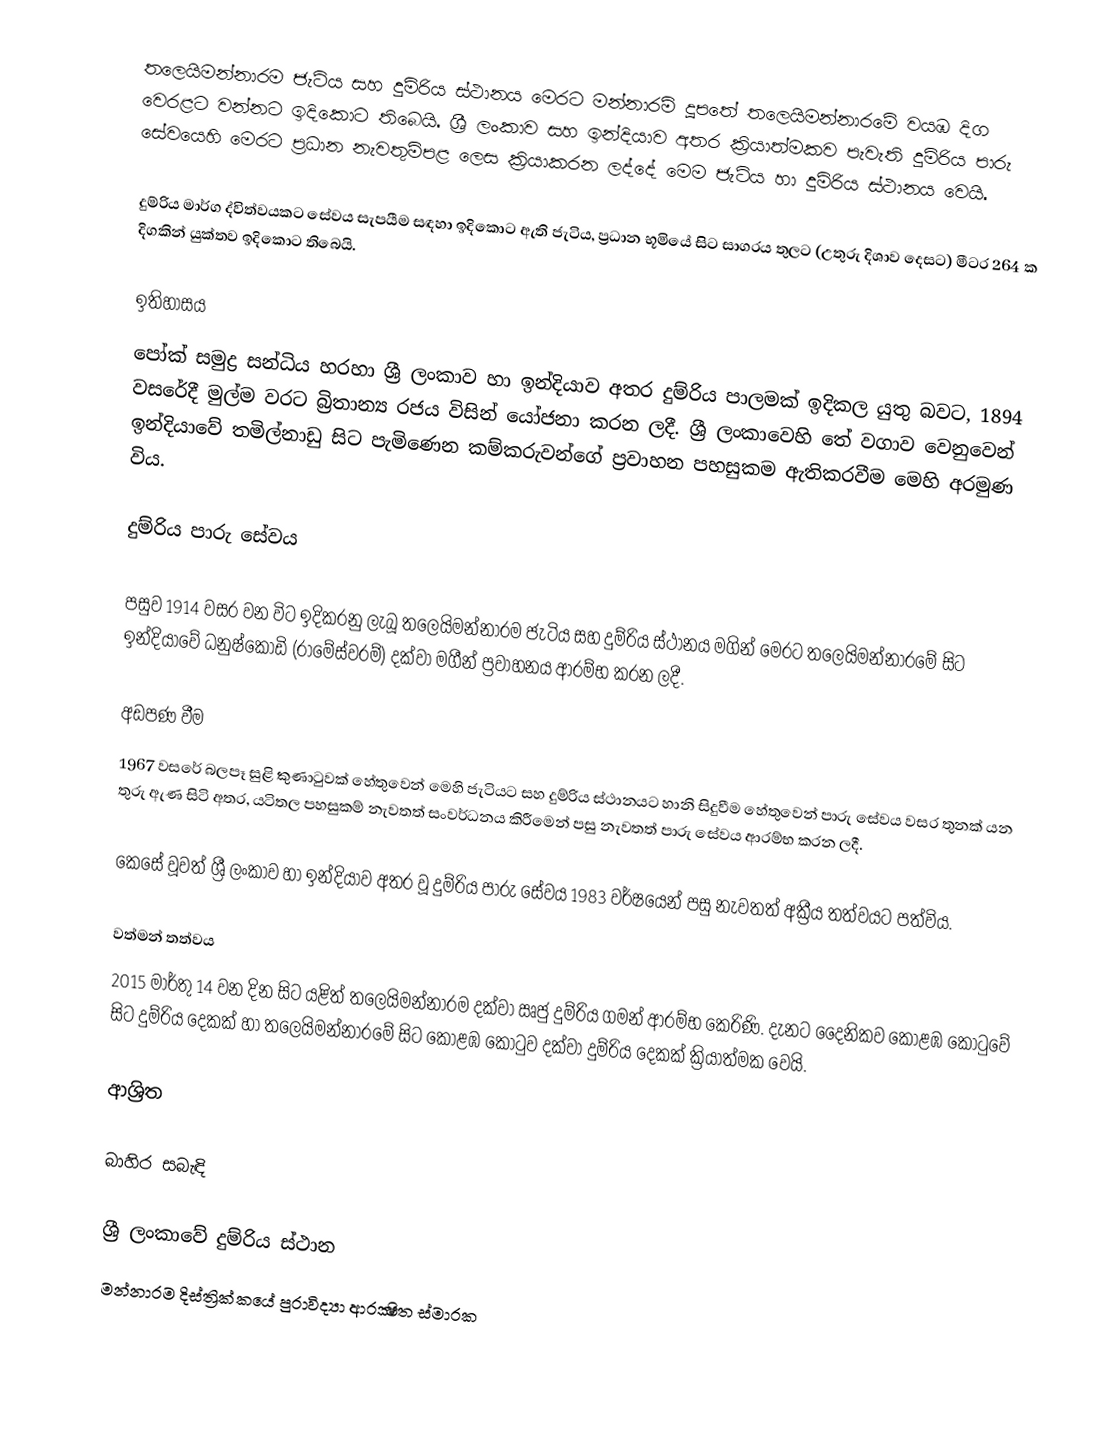
තලෙයිමන්නාරම ජැටිය සහ දුම්රිය ස්ථානය මෙරට මන්නාරම් දූපතේ තලෙයිමන්නාරමේ වයඹ දිග වෙරළට වන්නට ඉදිකොට තිබෙයි. ශ්‍රී ලංකාව සහ ඉන්දියාව අතර ක්‍රියාත්මකව පැවැති දුම්රිය පාරු සේවයෙහි මෙරට ප්‍රධාන නැවතුම්පළ ලෙස ක්‍රියාකරන ලද්දේ මෙම ජැටිය හා දුම්රිය ස්ථානය වෙයි.

දුම්රිය මාර්ග ද්විත්වයකට සේවය සැපයීම සඳහා ඉදිකොට ඇති ජැටිය, ප්‍රධාන භූමියේ සිට සාගරය තුලට (උතුරු දිශාව දෙසට) මීටර 264 ක දිගකින් යුක්තව ඉදිකොට තිබෙයි.

ඉතිහාසය
පෝක් සමුද්‍ර සන්ධිය හරහා ශ්‍රී ලංකාව හා ඉන්දියාව අතර දුම්රිය පාලමක් ඉදිකල යුතු බවට, 1894 වසරේදී මුල්ම වරට බ්‍රිතාන්‍ය රජය විසින් යෝජනා කරන ලදී. ශ්‍රී ලංකාවෙහි තේ වගාව වෙනුවෙන් ඉන්දියාවේ තමිල්නාඩු සිට පැමිණෙන කම්කරුවන්ගේ ප්‍රවාහන පහසුකම ඇතිකරවීම මෙහි අරමුණ විය.

දුම්රිය පාරු සේවය

පසුව 1914 වසර වන විට ඉදිකරනු ලැබූ තලෙයිමන්නාරම ජැටිය සහ දුම්රිය ස්ථානය මගින් මෙරට තලෙයිමන්නාරමේ සිට ඉන්දියාවේ ධනුෂ්කෝඩි (රාමේස්වරම්) දක්වා මගීන් ප්‍රවාහනය ආරම්භ කරන ලදී.

අඩපණ වීම
1967 වසරේ බලපෑ සුළි කුණාටුවක් හේතුවෙන් මෙහි ජැටියට සහ දුම්රිය ස්ථානයට හානි සිදුවීම හේතුවෙන් පාරු සේවය වසර තුනක් යන තුරු ඇණ සිටි අතර, යටිතල පහසුකම් නැවතත් සංවර්ධනය කිරීමෙන් පසු නැවතත් පාරු සේවය ආරම්භ කරන ලදී.

කෙසේ වූවත් ශ්‍රී ලංකාව හා ඉන්දියාව අතර වූ දුම්රිය පාරු සේවය 1983 වර්ෂයෙන් පසු නැවතත් අක්‍රීය තත්වයට පත්විය.

වත්මන් තත්වය
2015 මාර්තු 14 වන දින සිට යළිත් තලෙයිමන්නාරම දක්වා ඍජු දුම්රිය ගමන් ආරම්භ කෙරිණි. දැනට දෛනිකව කොළඹ කොටුවේ සිට දුම්රිය දෙකක් හා තලෙයිමන්නාරමේ සිට කොළඹ කොටුව දක්වා දුම්රිය දෙකක් ක්‍රියාත්මක වෙයි.

ආශ්‍රිත

බාහිර සබැඳි

ශ්‍රී ලංකාවේ දුම්රිය ස්ථාන
මන්නාරම දිස්ත්‍රික්කයේ පුරාවිද්‍යා ආරක්‍ෂිත ස්මාරක